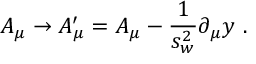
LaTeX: { \cal A } _ { \mu } \rightarrow { \cal A } _ { \mu } ^ { \prime } = { \cal A } _ { \mu } - \frac { 1 } { s _ { w } ^ { 2 } } \partial _ { \mu } y \, \, .